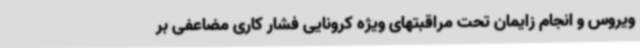
ویروس و انجام زایمان تحت مراقبتهای ویژه کرونایی فشار کاری مضاعفی بر